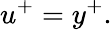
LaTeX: u^{+}=y^{+}.